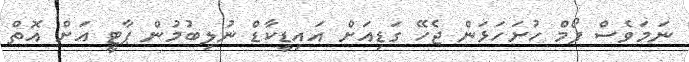
ނަމަވެސް ފޯމް ހުށަހަޅަން ޖެހޭ ގަޑިއަށް އައިޑީކާޑް ނުލިބުމުން ޕާޓީ އަށް އޮތް